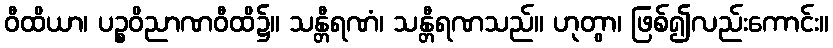
ဝီထိယာ၊ ပဉ္စဝိညာဏဝီထိ၌။ သန္တီရဏံ၊ သန္တီရဏသည်။ ဟုတွာ၊ ဖြစ်၍လည်းကောင်း။